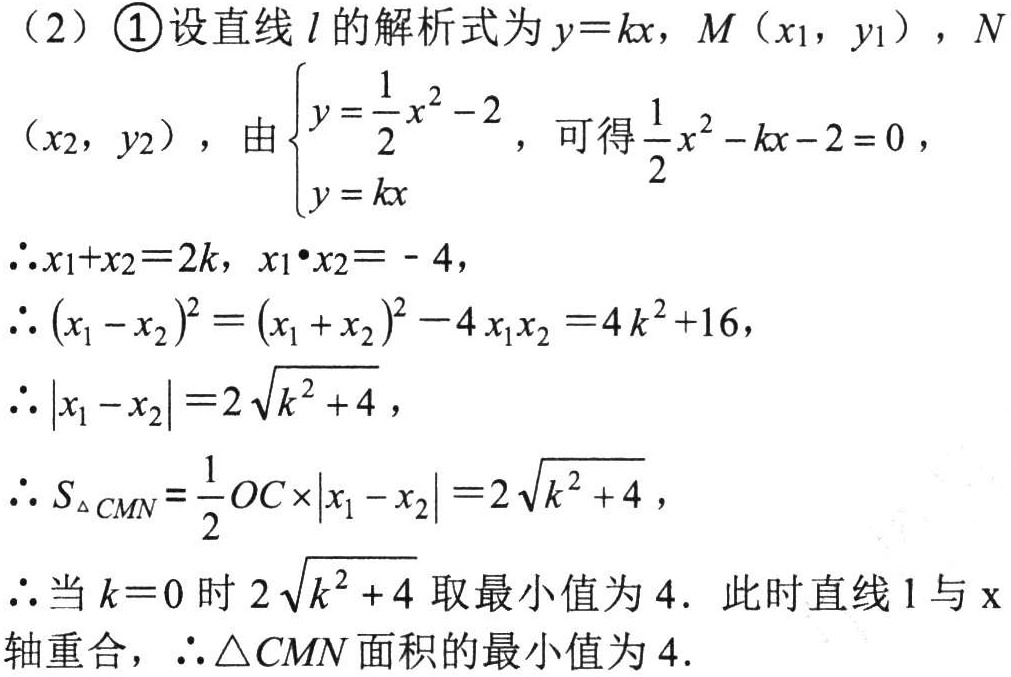
（2）\textcircled{1}设直线\(l\)的解析式为\(y = kx\)，\(M(x_1,y_1)\)，\(N(x_2,y_2)\)，由\(\begin{cases}y=\frac{1}{2}x^{2}-2\\y = kx\end{cases}\)，可得\(\frac{1}{2}x^{2}-kx - 2 = 0\)，
\(\therefore x_1 + x_2 = 2k\)，\(x_1\cdot x_2 = - 4\)，
\(\therefore (x_1 - x_2)^2=(x_1 + x_2)^2 - 4x_1x_2 = 4k^{2}+16\)，
\(\therefore |x_1 - x_2| = 2\sqrt{k^{2}+4}\)，
\(\therefore S_{\triangle CMN}=\frac{1}{2}OC\times|x_1 - x_2| = 2\sqrt{k^{2}+4}\)，
\(\therefore\)当\(k = 0\)时\(2\sqrt{k^{2}+4}\)取最小值为\(4\). 此时直线\(l\)与\(x\)轴重合，\(\therefore\triangle CMN\)面积的最小值为\(4\).